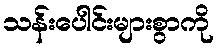
သန်းပေါင်းများစွာကို